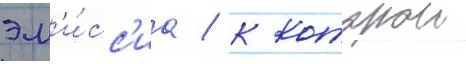
эм'и́сс'иа / к которои